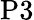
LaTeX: \mathrm{P3}